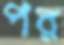
পর